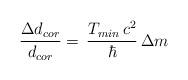
LaTeX: \begin{align*} \frac{\Delta d_{cor}}{d_{cor}} =\,\frac{T_{min} \,c^2}{\hbar}\,\Delta m \end{align*}